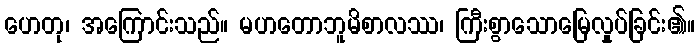
ဟေတု၊ အကြောင်းသည်။ မဟတောဘူမိစာလဿ၊ ကြီးစွာသောမြေလှုပ်ခြင်း၏။